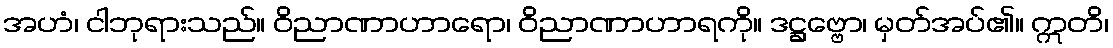
အဟံ၊ ငါဘုရားသည်။ ဝိညာဏာဟာရော၊ ဝိညာဏာဟာရကို။ ဒဋ္ဌဗ္ဗော၊ မှတ်အပ်၏။ ဣတိ၊